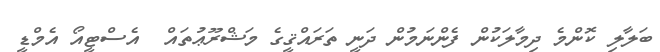
ބަލާލި ކޮންމެ ދިމާލަކުން ފެންނަމުން ދަނީ ތަރައްޤީގެ މަޝްރޫޢުތައް  އެސްޓީއޯ އެމްޑީ